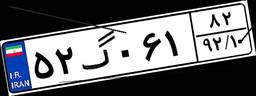
۵۲گ۷۰۱۲۷